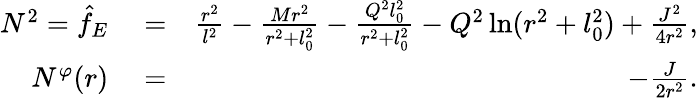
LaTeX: \begin{array}{rlr}{N^{2}=\hat{f}_{E}}&{{}=}&{\frac{r^{2}}{l^{2}}-\frac{Mr^{2}}{r^{2}+l_{0}^{2}}-\frac{Q^{2}l_{0}^{2}}{r^{2}+l_{0}^{2}}-Q^{2}\ln(r^{2}+l_{0}^{2})+{\frac{J^{2}}{4r^{2}}},}\\ {N^{\varphi}(r)}&{{}=}&{-{\frac{J}{2r^{2}}}.}\end{array}